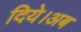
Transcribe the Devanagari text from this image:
दिये।अब